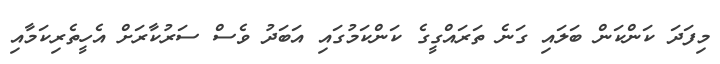
މިފަދަ ކަންކަން ބަލައި ގަނެ ތަރައްގީގެ ކަންކަމުގައި އަބަދު ވެސް ސަރުކާރަށް އެހީތެރިކަމާއި